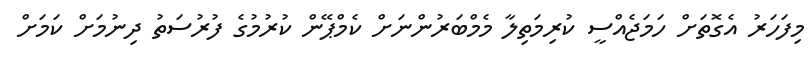
މިފަހަރު އެގޮތަށް ހަމަޖެއްސީ ކުރިމަތިލާ މެމްބަރުންނަށް ކެމްޕޭން ކުރުމުގެ ފުރުސަތު ދިނުމަށް ކަމަށް